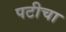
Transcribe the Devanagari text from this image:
पटीचा